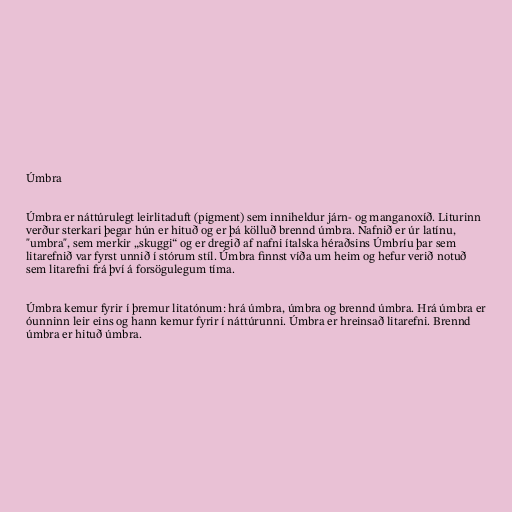
Úmbra

Úmbra er náttúrulegt leirlitaduft (pigment) sem inniheldur járn- og manganoxíð. Liturinn
verður sterkari þegar hún er hituð og er þá kölluð brennd úmbra. Nafnið er úr latínu,
"umbra", sem merkir „skuggi“ og er dregið af nafni ítalska héraðsins Úmbríu þar sem
litarefnið var fyrst unnið í stórum stíl. Úmbra finnst víða um heim og hefur verið notuð
sem litarefni frá því á forsögulegum tíma.

Úmbra kemur fyrir í þremur litatónum: hrá úmbra, úmbra og brennd úmbra. Hrá úmbra er
óunninn leir eins og hann kemur fyrir í náttúrunni. Úmbra er hreinsað litarefni. Brennd
úmbra er hituð úmbra.